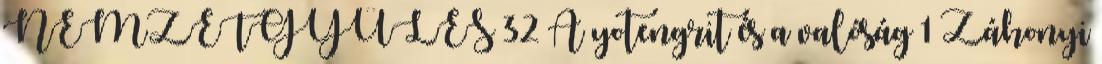
NEMZETGYŰLÉS 32 A yotengrit és a valóság 1 Záhonyi